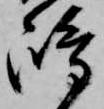
嶋